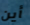
أين